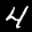
Label: 4